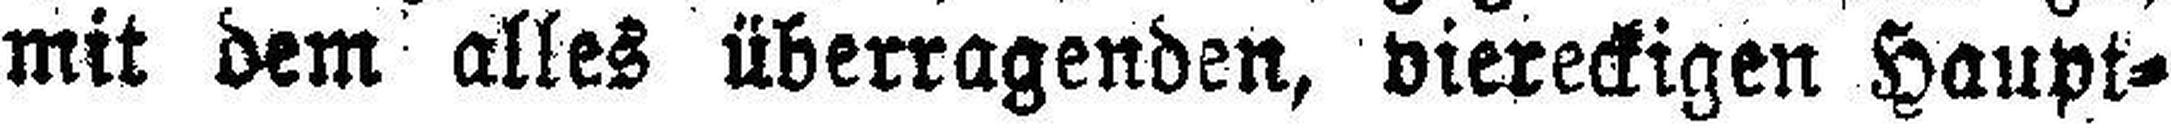
mit dem alles überragenden, viereckigen Haupt¬